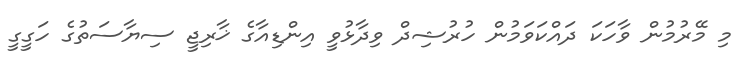
މި މޭރުމުން ވާހަކަ ދައްކަވަމުން ހުރުޝިދް ވިދާޅުވީ އިންޑިއާގެ ޚާރިޖީ ސިޔާސަތުގެ ހަގީގީ